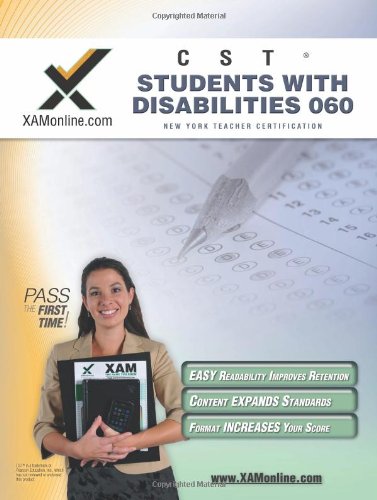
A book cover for NYSTCE CST Students with Disabilities 060 (Nystce (New York State Teacher Certification Exams)); Sharon A Wynne; Test Preparation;